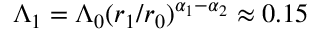
\Lambda _ { 1 } = \Lambda _ { 0 } ( r _ { 1 } / r _ { 0 } ) ^ { \alpha _ { 1 } - \alpha _ { 2 } } \approx 0 . 1 5